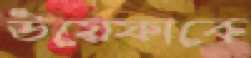
উয়েফাকে